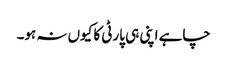
چاہے اپنی ہی پارٹی کا کیوں نہ ہو۔